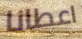
اعطانا